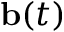
{ \mathbf b } ( t )